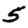
Digit: 5